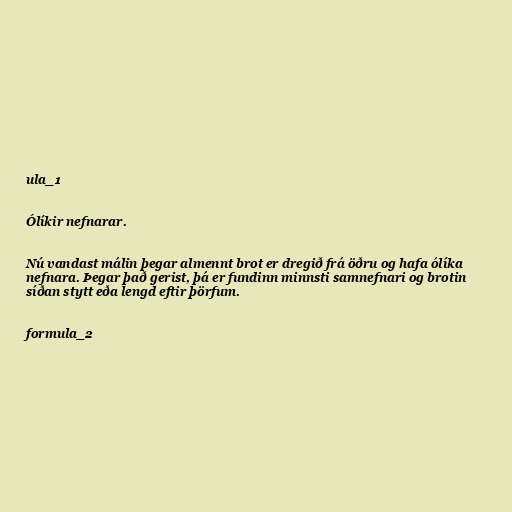
ula_1

Ólíkir nefnarar.

Nú vandast málin þegar almennt brot er dregið frá öðru og hafa ólíka
nefnara. Þegar það gerist, þá er fundinn minnsti samnefnari og brotin
síðan stytt eða lengd eftir þörfum.

formula_2